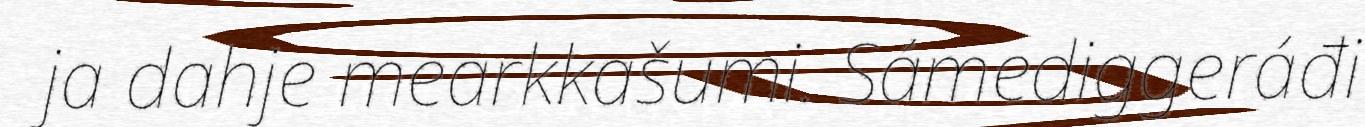
ja dahje mearkkašumi. Sámediggeráđi